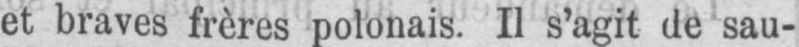
et braves frères polonais. Il s’agit de sau-